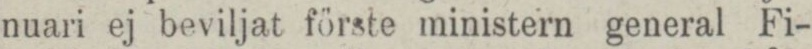
nuari ej beviljat förste ministern general Fi-